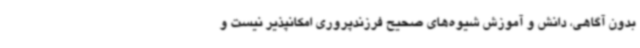
بدون آگاهی، دانش و آموزش شیوه‌های صحیح فرزندپروری امکانپذیر نیست و